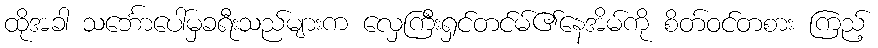
ထိုအခါ သင်္ဘောပေါ်မှခရီးသည်များက လှေကြီးရှင်တင်မ်၏နေအိမ်ကို စိတ်ဝင်တစား ကြည့်